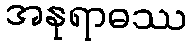
အနုရာဓဿ